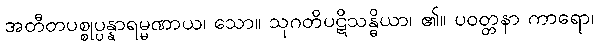
အတီတပစ္စုပ္ပန္နာရမ္မဏာယ၊ သော။ သုဂတိပဋိသန္ဓိယာ၊ ၏။ ပဝတ္တနာ ကာရော၊